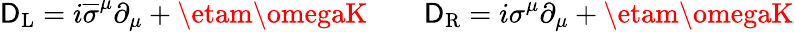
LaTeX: \mathsf{D}_{\mathrm{{{L}}}}=i{\overline{{{\sigma}}}}^{\mu}\partial_{\mu}+\etam\omegaK\qquad\mathsf{D}_{\mathrm{{{R}}}}=i\sigma^{\mu}\partial_{\mu}+\etam\omegaK